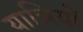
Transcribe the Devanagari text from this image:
यात्र्रियों